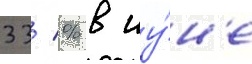
33 % в иу́н'е